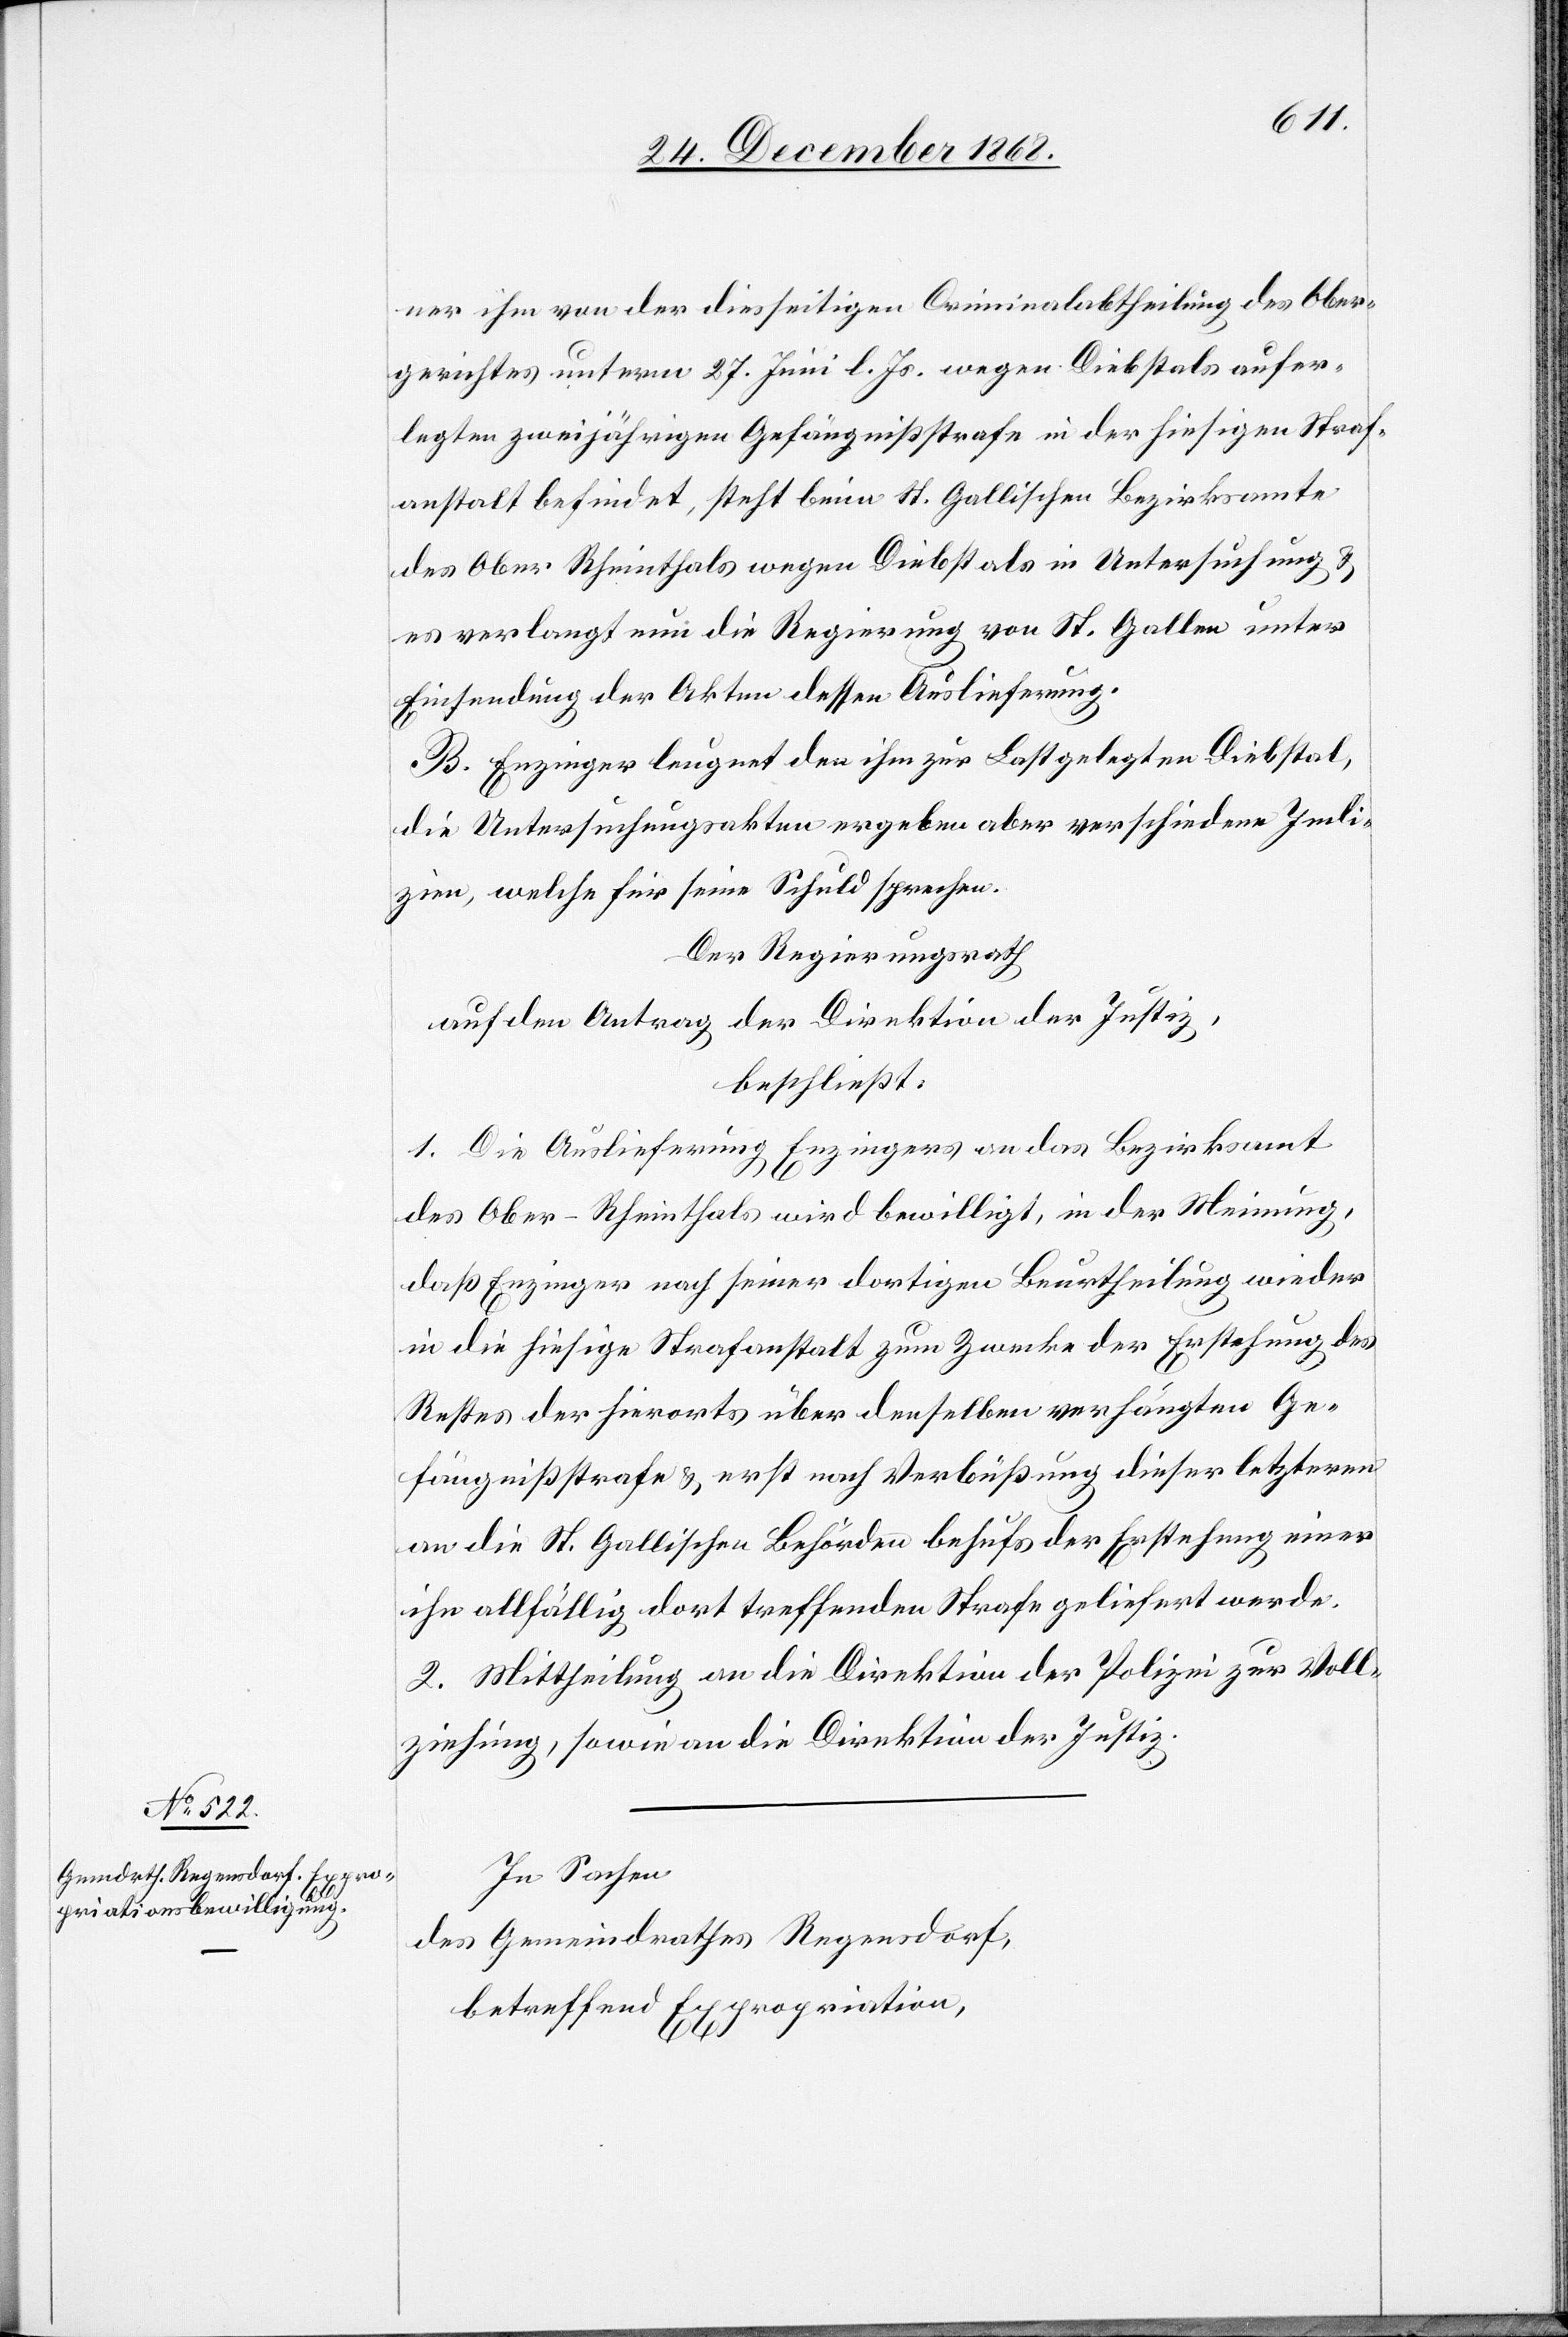
ner ihm von der diesseitigen Criminalabtheilung des Ober¬
gerichtes unterm 27. Juni l. Js. wegen Diebstals aufer¬
legten zweijährigen Gefängnißstrafe in der hiesigen Straf¬
anstalt befindet, steht beim St. Gallischen Bezirksamte
des Ober Rheinthals wegen Diebstals in Untersuchung &
es verlangt nun die Regierung von St. Gallen unter
Einsendung der Akten dessen Auslieferung.
B. Enzinger leugnet den ihm zur Last gelegten Diebstal,
die Untersuchungsakten ergeben aber verschiedene Indi¬
zien, welche für seine Schuld sprechen.
Der Regierungsrath
auf den Antrag der Direktion der Justiz,
beschließt:
1. Die Auslieferung Enzingers an das Bezirksamt
des Ober-Rheinthals wird bewilligt, in der Meinung,
daß Enzinger nach seiner dortigen Beurtheilung wieder
in die hiesige Strafanstalt zum Zwecke der Erstehung des
Restes der hierorts über denselben verhängten Ge¬
fängnißstrafe & erst nach Verbüßung dieser letzteren
an die St. Gallischen Behörden behufs der Erstehung einer
ihn allfällig dort treffenden Strafe geliefert werde.
2. Mittheilung an die Direktion der Polizei zur Voll¬
ziehung, sowie an die Direktion der Justiz.
In Sachen
des Gemeindrathes Regensdorf,
betreffend Expropriation,